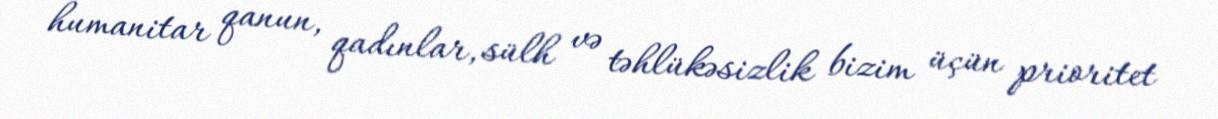
humanitar qanun, qadınlar, sülh və təhlükəsizlik bizim üçün prioritet